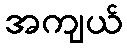
အကျယ်